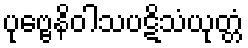
ပုဗ္ဗေနိဝါသပဋိသံယုတ္တံ